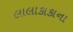
લાલાકાકાના